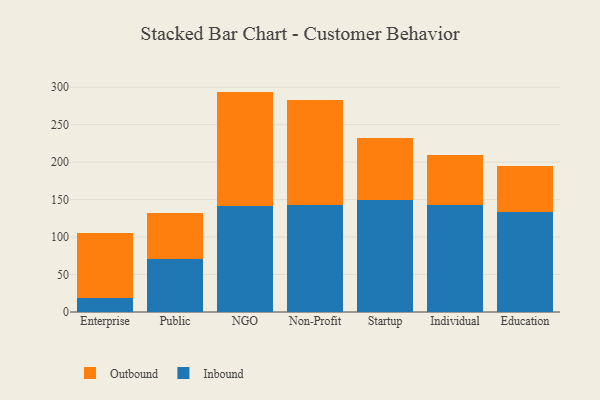
{"axis": {"x": "Segment", "y": "Conversion Rate (%)"}, "legend": ["Inbound", "Outbound"], "data": [{"x": "Enterprise", "y": 18.3, "type": "Inbound"}, {"x": "Enterprise", "y": 87.4, "type": "Outbound"}, {"x": "Public", "y": 70.9, "type": "Inbound"}, {"x": "Public", "y": 61.5, "type": "Outbound"}, {"x": "NGO", "y": 141.1, "type": "Inbound"}, {"x": "NGO", "y": 153.0, "type": "Outbound"}, {"x": "Non-Profit", "y": 143.1, "type": "Inbound"}, {"x": "Non-Profit", "y": 139.5, "type": "Outbound"}, {"x": "Startup", "y": 149.9, "type": "Inbound"}, {"x": "Startup", "y": 81.8, "type": "Outbound"}, {"x": "Individual", "y": 143.4, "type": "Inbound"}, {"x": "Individual", "y": 66.1, "type": "Outbound"}, {"x": "Education", "y": 133.0, "type": "Inbound"}, {"x": "Education", "y": 61.2, "type": "Outbound"}]}